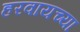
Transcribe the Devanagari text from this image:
हरवायच्या